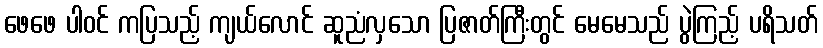
ဖေဖေ ပါဝင် ကပြသည့် ကျယ်လောင် ဆူညံလှသော ပြဇာတ်ကြီးတွင် မေမေသည် ပွဲကြည့် ပရိသတ်